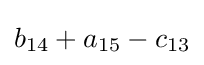
b_{14}+a_{15}-c_{13}